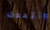
وأتحدث